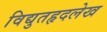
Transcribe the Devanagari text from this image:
विद्युतहृदलेख